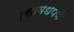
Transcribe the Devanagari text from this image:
।सावधपणे